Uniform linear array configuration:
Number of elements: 12
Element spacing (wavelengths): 1
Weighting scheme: uniform
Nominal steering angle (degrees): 45
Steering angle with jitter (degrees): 44.155
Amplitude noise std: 0.05
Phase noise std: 0.05

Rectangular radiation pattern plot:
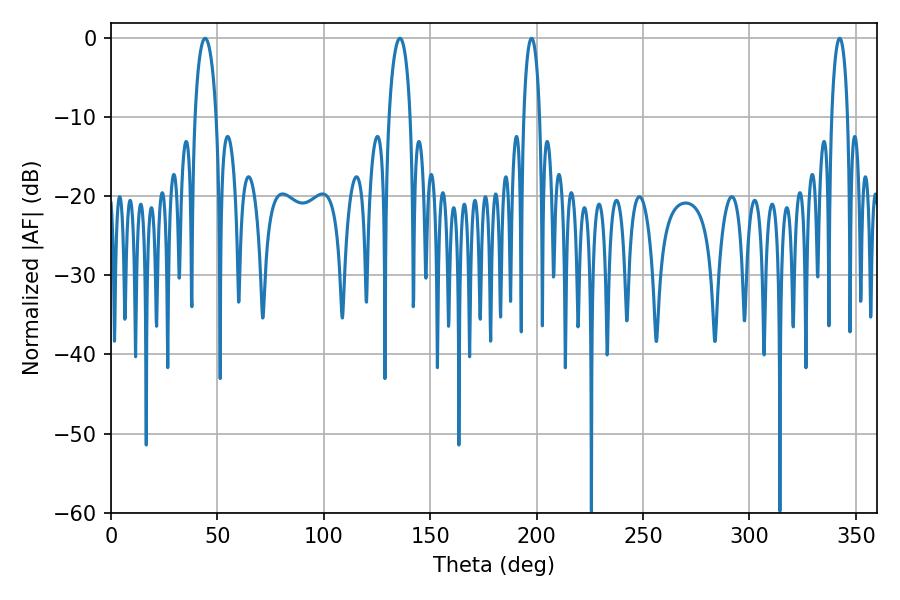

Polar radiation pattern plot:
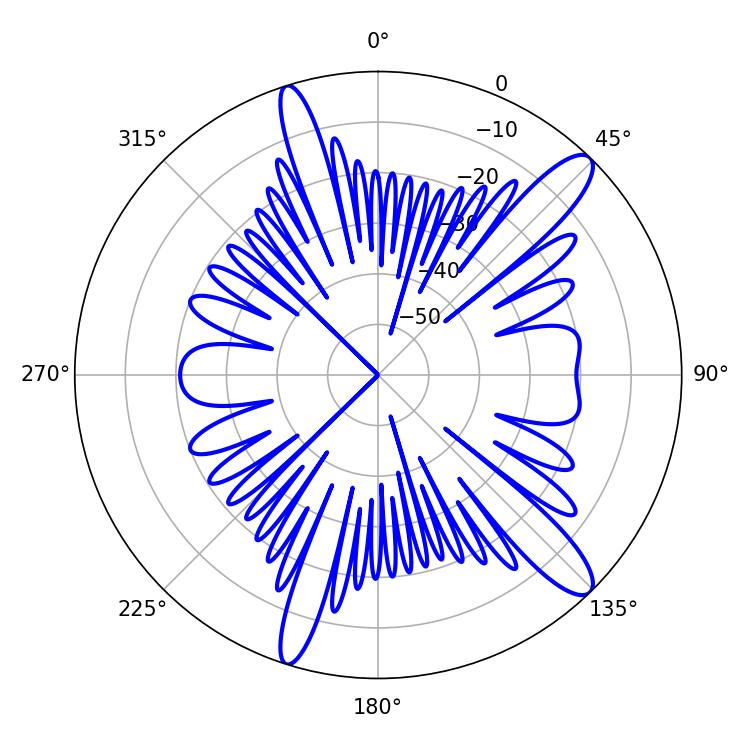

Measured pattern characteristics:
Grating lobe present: TRUE
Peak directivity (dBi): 12.697
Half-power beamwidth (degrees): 4.32
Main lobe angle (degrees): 342.36